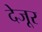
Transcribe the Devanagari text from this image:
देजूर